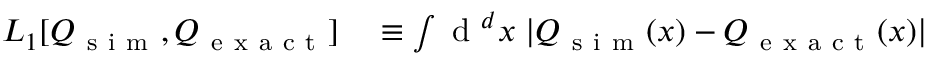
\begin{array} { r l } { L _ { 1 } [ Q _ { \mathrm { ~ s ~ i ~ m ~ } } , Q _ { \mathrm { ~ e ~ x ~ a ~ c ~ t ~ } } ] } & { { } \equiv \int \mathrm { ~ d ~ } ^ { d } x \; | Q _ { \mathrm { ~ s ~ i ~ m ~ } } ( x ) - Q _ { \mathrm { ~ e ~ x ~ a ~ c ~ t ~ } } ( x ) | } \end{array}